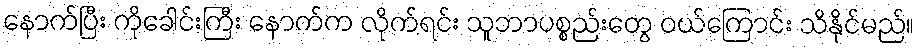
နောက်ပြီး ကိုခေါင်းကြီး နောက်က လိုက်ရင်း သူဘာပစ္စည်းတွေ ဝယ်ကြောင်း သိနိုင်မည်။